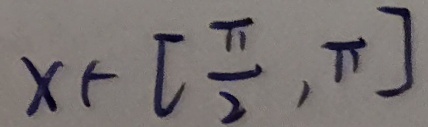
x \in [ \frac { \pi } { 2 } , \pi ]